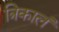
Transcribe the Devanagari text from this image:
त्रिकालं